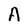
Character: A